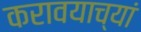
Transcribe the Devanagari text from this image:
करावयाच्यां